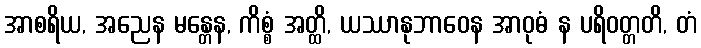
အာစရိယ, အညေန မန္တေန, ကိစ္စံ အတ္ထိ, ယဿာနုဘာဝေန အာဝုဓံ န ပရိဝတ္တတိ, တံ